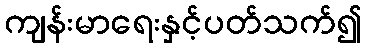
ကျန်းမာရေးနှင့်ပတ်သက်၍